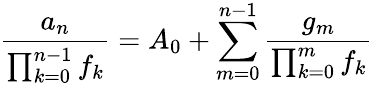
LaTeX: {\frac{a_{n}}{\prod_{k=0}^{n-1}f_{k}}}=A_{0}+\sum_{m=0}^{n-1}{\frac{g_{m}}{\prod_{k=0}^{m}f_{k}}}